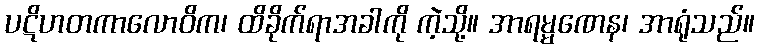
ပဋိဟတကာလောဝိက၊ ထိခိုက်ရာအခါကို ကဲ့သို့။ အာရမ္မဏေန၊ အာရုံသည်။